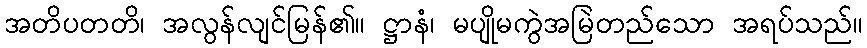
အတိပတတိ၊ အလွန်လျင်မြန်၏။ ဋ္ဌာနံ၊ မပျိုမကွဲအမြဲတည်သော အရပ်သည်။